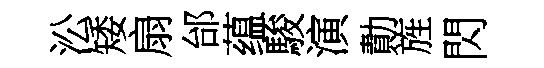
㳂矮扇邰蕴駿演勣旌閃